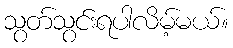
သွတ်သွင်းရပါလိမ့်မယ်။